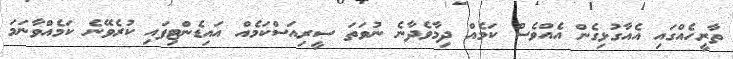
ތާރީހެއްގައި އެއާގުޅިގެން އެއްވެސް ކަމެއް ދިމާވެދާނެ ނުވަތަ ސީރިއަސްކަމެއް އައިޑެންޓިފައި ކުރެވޭނެ ކަމެއްވާނަމަ